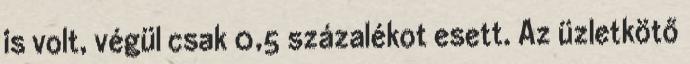
is volt, végül csak 0,5 százalékot esett. Az üzletkötő